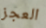
العجز